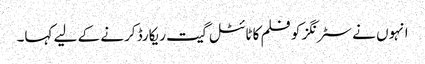
انہوں نے سٹرنگز کو فلم کا ٹائٹل گیت ریکارڈ کرنے کے لیے کہا۔